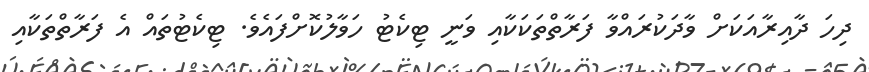
ދިހަ ދާއިރާއަކަށް ވާދަކުރައްވާ ފަރާތްތަކަކާއި ވަނީ ޓިކެޓު ހަވާލުކޮށްފައެވެ. ޓިކެޓުތައް އެ ފަރާތްތަކާއި